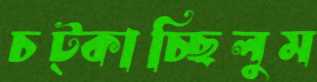
চট্‌কাচ্ছিলুম